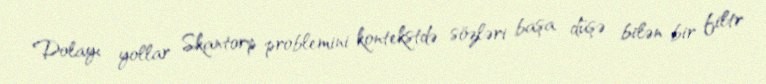
Dolayı yollar Skantorp problemini kontekstdə sözləri başa düşə bilən bir filtr